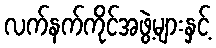
လက်နက်ကိုင်အဖွဲ့များနှင့်